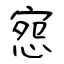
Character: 惌